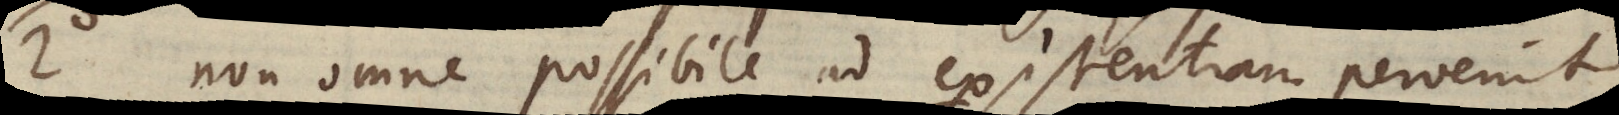
2°) Non omne possibile ad existentiam pervenit.